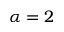
\alpha = 2